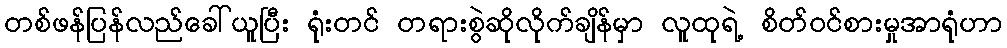
တစ်ဖန်ပြန်လည်ခေါ်ယူပြီး ရုံးတင် တရားစွဲဆိုလိုက်ချိန်မှာ လူထုရဲ့ စိတ်ဝင်စားမှုအာရုံဟာ